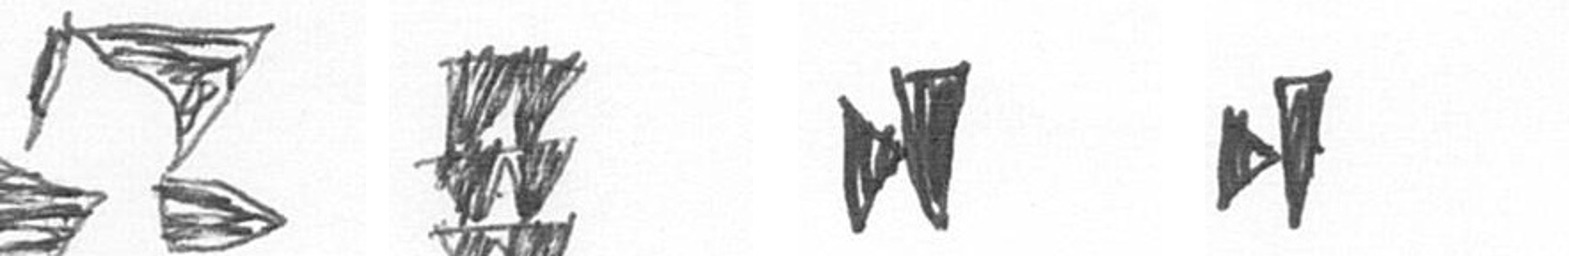
B Y M M